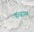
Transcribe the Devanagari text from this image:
कच्चायन